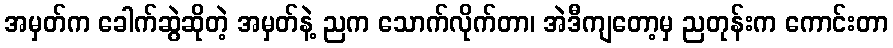
အမှတ်က ခေါက်ဆွဲဆိုတဲ့ အမှတ်နဲ့ ညက သောက်လိုက်တာ၊ အဲဒီကျတော့မှ ညတုန်းက ကောင်းတာ